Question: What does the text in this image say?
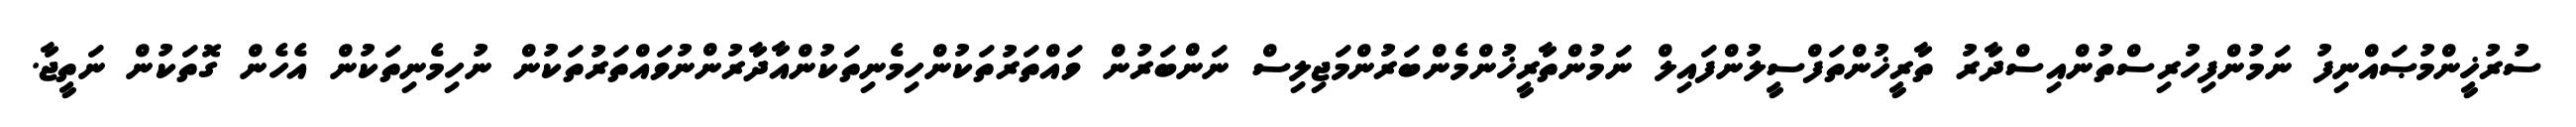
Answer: ސުރުޚީންމުޞައްނިފު ނަމުންފިހުރިސްތުންއިސްދާރު ތާރީޚުންތަފްސީލުންފައިލް ނަމުންތާރީޚުންމެންބަރުންމަޖިލިސް ނަންބަރުން ވައްތަރުތަކުންހިމެނިތަކުންއާދާރުންނުވައްތަރުތަކުން ނުހިމެނިތަކުން އެހެން ގޮތަކުން ނަތީޖާ.